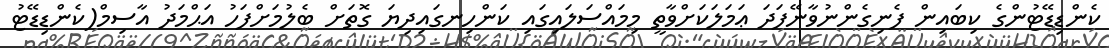
ކެންޑިޑޭޓުންގެ ކިބައިން ފެނިގެންނުވާނޭފަދަ ޢަމަލަކަށްވާތީ މިމައްސަލައިގައި ކަންހިނގައިދިޔަ ގޮތަށް ބެލުމަށްފަހު އަޙްމަދު އާސިމް(ކެންޑިޑޭޓު